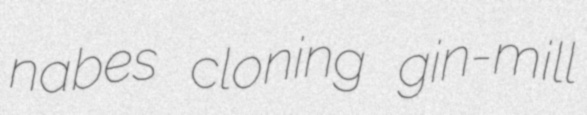
nabes cloning gin-mill